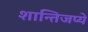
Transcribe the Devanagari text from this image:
शान्तिजप्ये